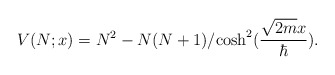
\begin{align*}V(N; x) = N^2-{N(N+1)}/{\cosh^2({\sqrt{2m}x\over\hbar})}.\end{align*}